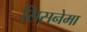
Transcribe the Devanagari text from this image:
सिसनेमा